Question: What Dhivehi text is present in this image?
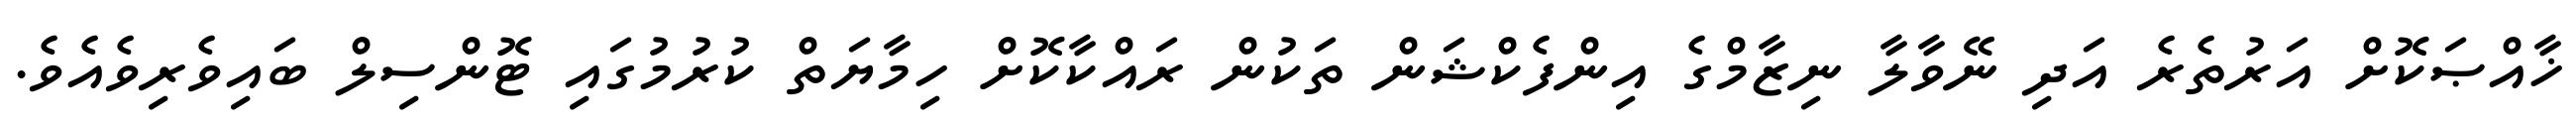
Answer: ޚާއްޞަކޮށް އަރުތެރެ އަދި ނޭވާލާ ނިޒާމްގެ އިންފެކްޝަން ތަކުން ރައްކާކޮށް ހިމާޔަތް ކުރުމުގައި ޓޮންސިލް ބައިވެރިވެއެވެ.